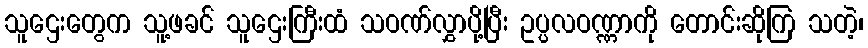
သူဌေးတွေက သူ့ဖခင် သူဌေးကြီးထံ သဝဏ်လွှာပို့ပြီး ဥပ္ပလဝဏ္ဏာကို တောင်းဆိုကြ သတဲ့၊